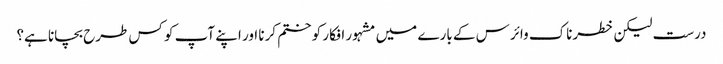
درست لیکن خطرناک وائرس کے بارے میں مشہور افکار کو ختم کرنا اور اپنے آپ کو کس طرح بچانا ہے؟